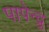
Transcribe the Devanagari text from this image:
पापेन्द्रु